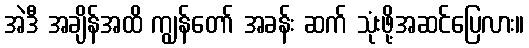
အဲဒီ အချိန်အထိ ကျွန်တော် အခန်း ဆက် သုံးဖို့အဆင်ပြေလား။